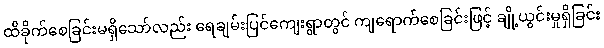
ထိခိုက်စေခြင်းမရှိသော်လည်း ရေချမ်းပြင်ကျေးရွာတွင် ကျရောက်စေခြင်းဖြင့် ချို့ယွင်းမှုရှိခြင်း